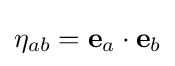
\eta _{ab}={\bf {e}}_{a}\cdot {\bf {e}}_{b}